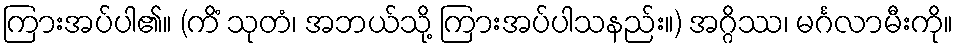
ကြားအပ်ပါ၏။ (ကိံ သုတံ၊ အဘယ်သို့ ကြားအပ်ပါသနည်း။) အဂ္ဂိဿ၊ မင်္ဂလာမီးကို။